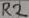
Text: R2